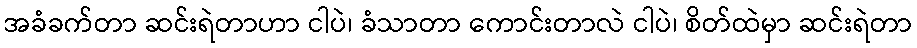
အခံခက်တာ ဆင်းရဲတာဟာ ငါပဲ၊ ခံသာတာ ကောင်းတာလဲ ငါပဲ၊ စိတ်ထဲမှာ ဆင်းရဲတာ